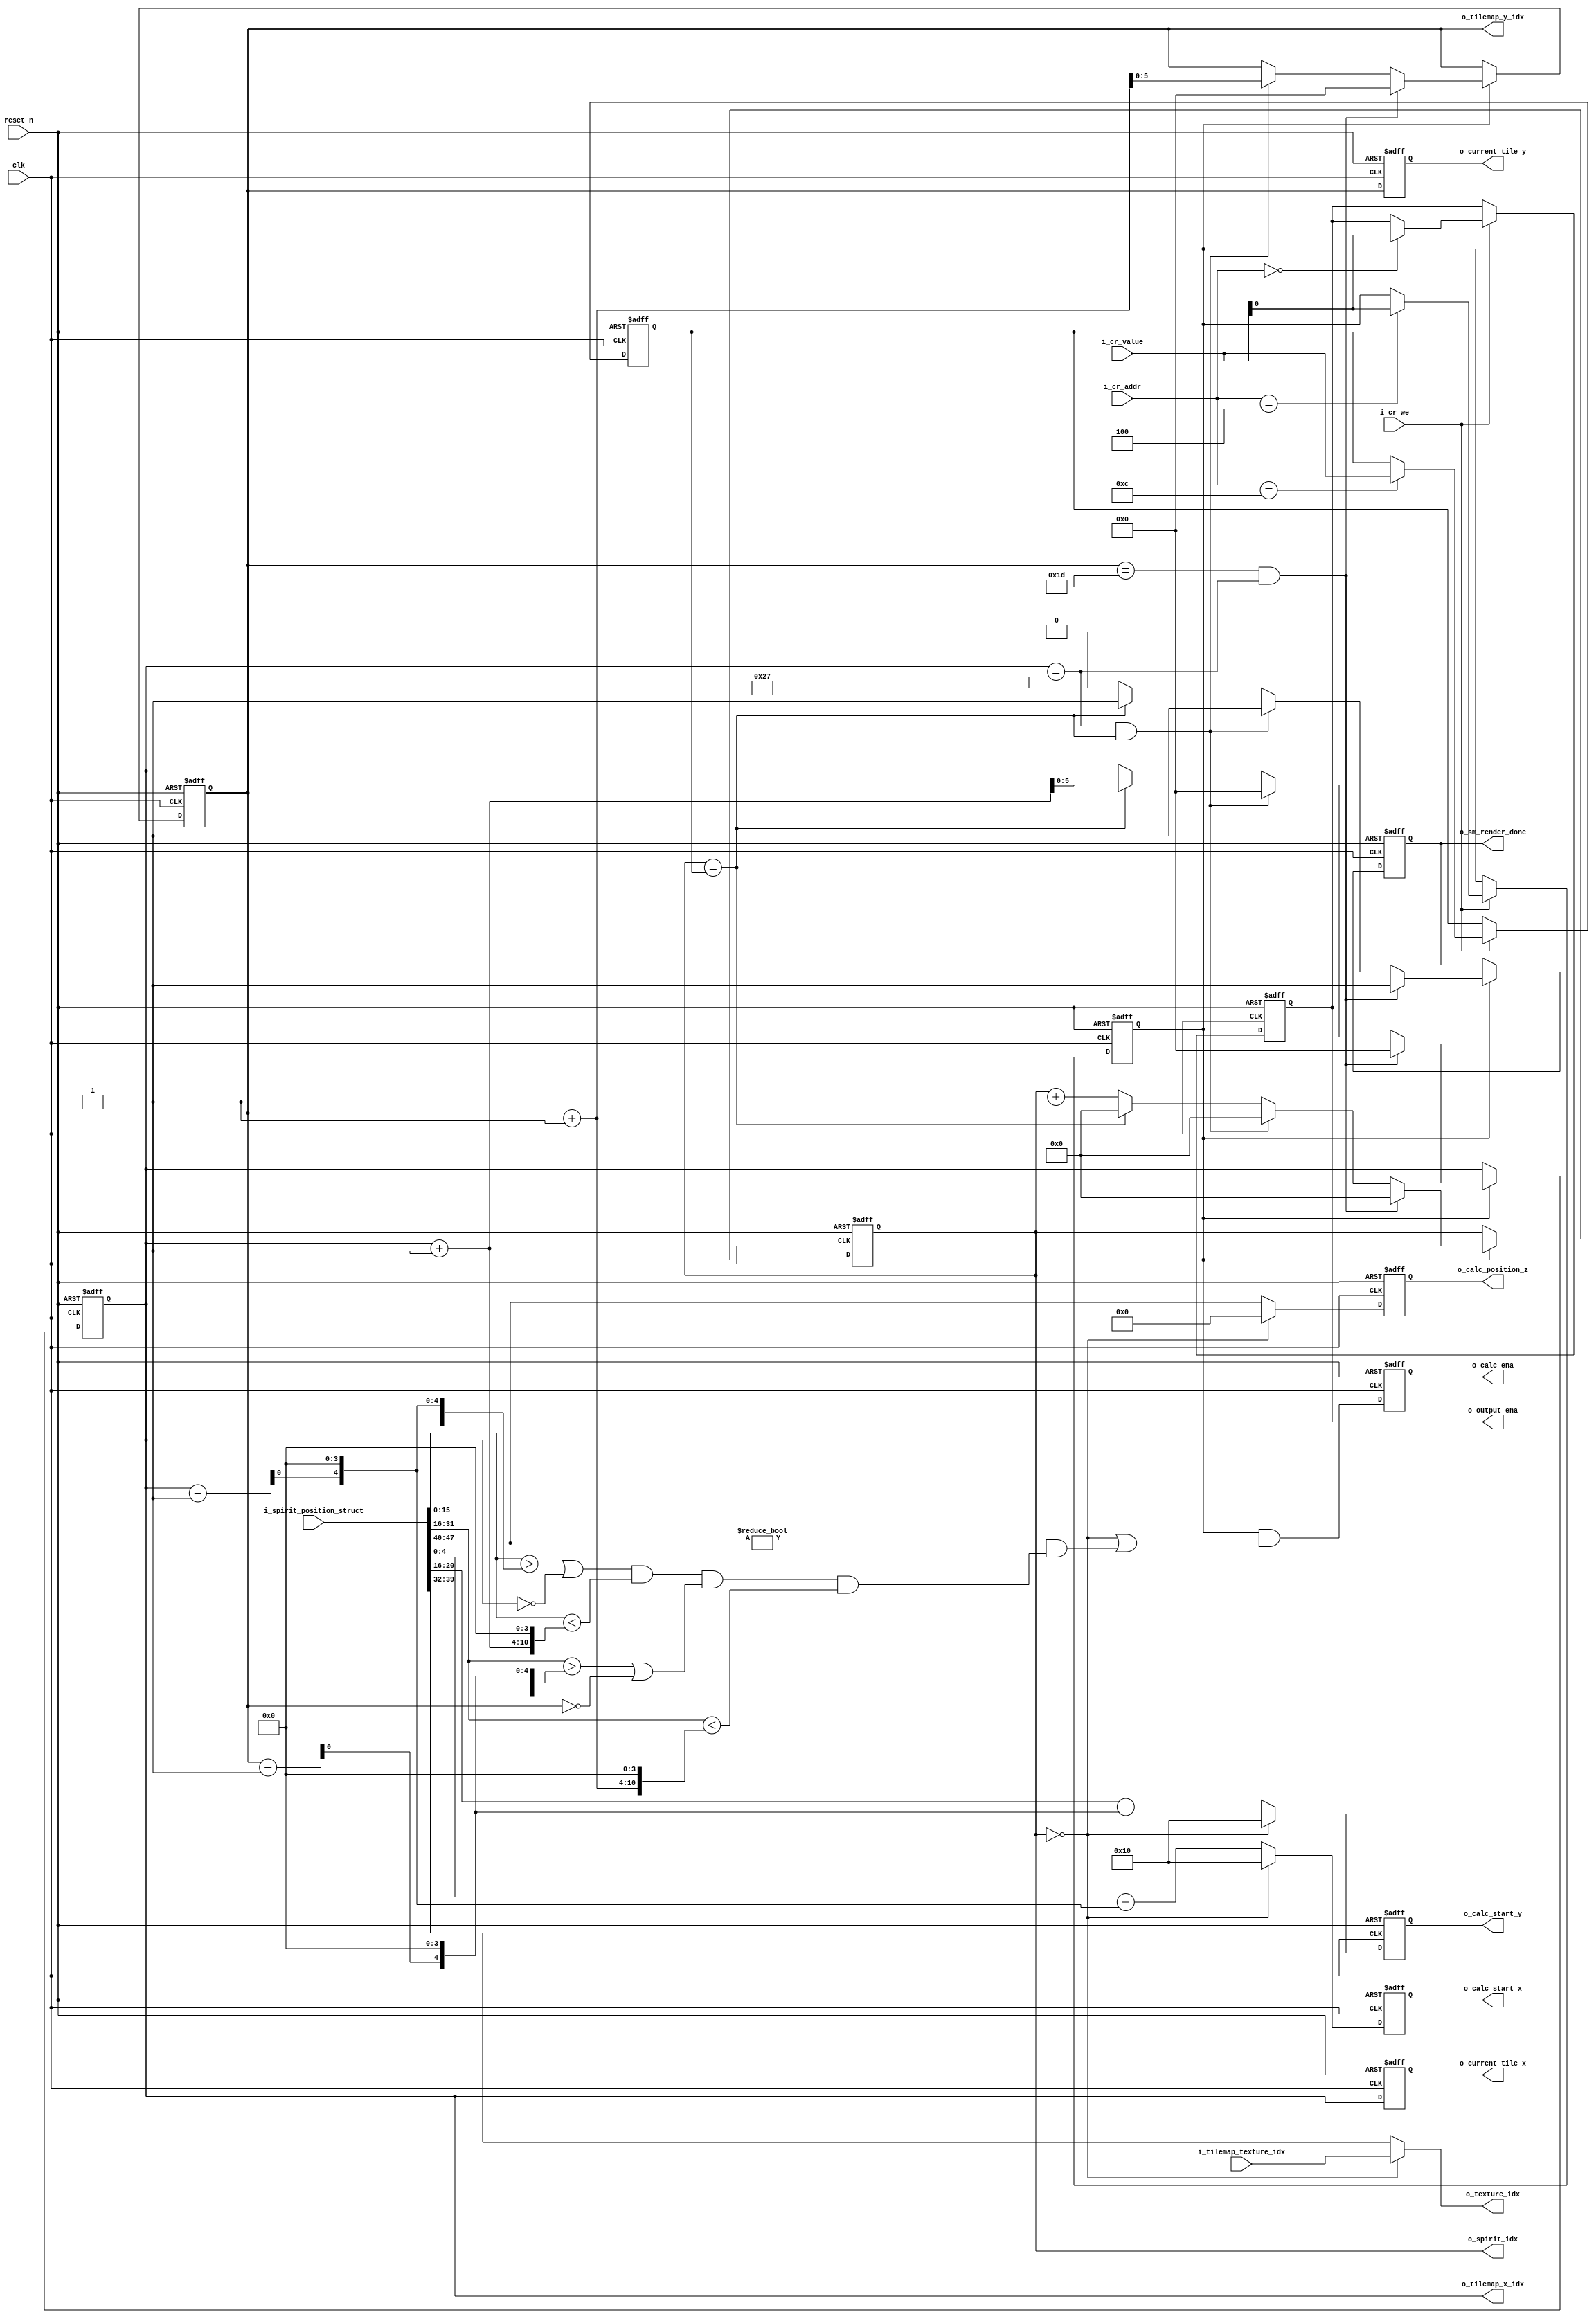
module GPUController (
    input wire clk,
    input wire reset_n,

    input wire i_cr_we,
    input wire[3:0] i_cr_addr,
    input wire[9:0] i_cr_value,

    // output wire o_texture_memory_ena,
    output wire[7:0] o_texture_idx,

    // output wire o_spirit_memory_ena,
    output wire[9:0] o_spirit_idx,
    input wire[63:0] i_spirit_position_struct,

    // output wire o_tilemap_memory_ena,
    output wire[5:0] o_tilemap_x_idx,
    output wire[5:0] o_tilemap_y_idx,
    input wire[7:0] i_tilemap_texture_idx,

    output reg o_calc_ena,
    output reg[4:0] o_calc_start_x,
    output reg[4:0] o_calc_start_y,
    output reg[7:0] o_calc_position_z,

    output wire o_output_ena,

    output reg [5:0] o_current_tile_x,
    output reg [5:0] o_current_tile_y,
    output wire o_sm_render_done
);
    reg output_ena_reg;
    reg render_ena_reg;
    reg mode_reg;
    reg[9:0] spirit_cnt_reg;

    assign o_output_ena = output_ena_reg;

    always @(posedge clk or negedge reset_n) begin
        if (!reset_n) begin
            output_ena_reg <= 0;
            render_ena_reg <= 0;
            mode_reg <= 1;
            spirit_cnt_reg <= 0;
        end
        else if (i_cr_we) begin
            case (i_cr_addr)
                4'h0: 
                begin
                    output_ena_reg <= i_cr_value[0];
                end

                4'h4:
                begin
                    render_ena_reg <= i_cr_value[0];
                end

                4'h8:
                begin
                    mode_reg <= i_cr_value[0];
                end

                4'hc:
                begin
                    spirit_cnt_reg <= i_cr_value;
                end
            endcase
        end
    end

    reg[5:0] current_tile_x;
    reg[5:0] current_tile_y;
    reg[9:0] spirit_idx;

    reg[7:0] frame_cnt;

    wire spirit_in_block;




    wire[15:0] spirit_position_x = i_spirit_position_struct[15:0];
    wire[15:0] spirit_position_y = i_spirit_position_struct[31:16];

    assign spirit_in_block =    ((spirit_position_x > {current_tile_x - 1, 4'h0}) || current_tile_x == 0) &
                                (spirit_position_x < {current_tile_x + 1, 4'h0}) &
                                ((spirit_position_y > {current_tile_y - 1, 4'h0}) || current_tile_y == 0) &
                                (spirit_position_y < {current_tile_y + 1, 4'h0});


    assign o_texture_idx = (spirit_idx == 0) ? i_tilemap_texture_idx : i_spirit_position_struct[39:32];


    assign o_spirit_idx = spirit_idx;

    assign o_tilemap_x_idx = current_tile_x;
    assign o_tilemap_y_idx = current_tile_y;

    reg sm_render_done;
    assign o_sm_render_done = sm_render_done;

    always @(posedge clk or negedge reset_n) begin
        if (!reset_n) begin
            current_tile_x <= 0;
            current_tile_y <= 0;
            spirit_idx <= 0;
            frame_cnt <= 0;
            sm_render_done <= 0;
            // o_texture_idx <= 0;
        end
        else if (render_ena_reg) begin
            if (current_tile_y == (480 / 16 - 1) && (current_tile_x == (640 / 16 - 1))) begin
                frame_cnt <= frame_cnt + 1;
                current_tile_y <= 0;
                current_tile_x <= 0;
                spirit_idx <= 0;
                sm_render_done <= 1;
            end
            else if (current_tile_x == (640 / 16 - 1) && (spirit_idx == spirit_cnt_reg)) begin
                current_tile_x <= 0;
                spirit_idx <= 0;
                current_tile_y <= current_tile_y + 1;
                sm_render_done <= 1;
            end
            else if (spirit_idx == spirit_cnt_reg) begin
                // 
                current_tile_x <= current_tile_x + 1;
                spirit_idx <= 0;
                sm_render_done <= 1;  // render_done tilerender done
            end
            else begin
                spirit_idx <= spirit_idx + 1;
                sm_render_done <= 0;
            end
        end
    end

    always @(posedge clk or negedge reset_n) begin
        if (!reset_n) begin
            o_calc_position_z <= 0;
            o_calc_start_x <= 0;
            o_calc_start_y <= 0;
        end
        else if (spirit_idx == 0) begin
            // SM 
            o_calc_position_z <= 0;
            o_calc_start_x <= 5'b10000;
            o_calc_start_y <= 5'b10000;
        end
        else begin
            // SM 
            o_calc_position_z <= i_spirit_position_struct[47:40];
            o_calc_start_x <= (spirit_position_x - {current_tile_x - 1, 4'h0});
            o_calc_start_y <= (spirit_position_y - {current_tile_y - 1, 4'h0});
        end
    end

    always @(posedge clk or negedge reset_n) begin
        if (!reset_n) begin
            o_calc_ena <= 0;
        end
        else begin
            // (spirit_idx == spirit_cnt_reg) 
            // (i_spirit_position_struct[47:40] != 0 && spirit_in_block) 
            o_calc_ena <= render_ena_reg & ((spirit_idx == 0) | (i_spirit_position_struct[47:40] != 0 && spirit_in_block));
        end
    end

    always @(posedge clk or negedge reset_n) begin
        if (!reset_n) begin
            o_current_tile_x <= 0;
            o_current_tile_y <= 0;
        end
        else begin
            o_current_tile_x <= current_tile_x;
            o_current_tile_y <= current_tile_y;
        end
    end
endmodule